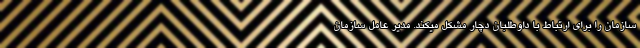
سازمان را برای ارتباط با داوطلبان دچار مشکل میکند. مدیر عامل سازمان